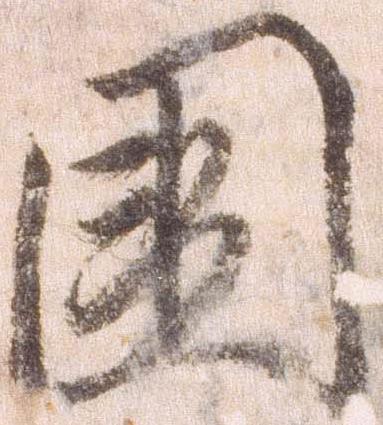
国